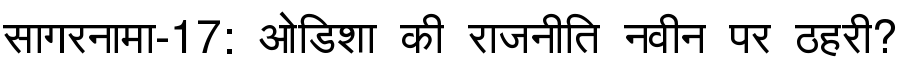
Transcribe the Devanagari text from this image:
सागरनामा-17: ओडिशा की राजनीति नवीन पर ठहरी?